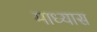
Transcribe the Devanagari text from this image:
माध्यास